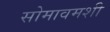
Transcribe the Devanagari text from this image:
सोमावमशी